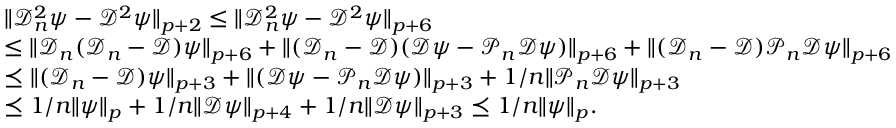
\begin{array} { r l } & { \| \mathcal { D } _ { n } ^ { 2 } \psi - \mathcal { D } ^ { 2 } \psi \| _ { p + 2 } \leq \| \mathcal { D } _ { n } ^ { 2 } \psi - \mathcal { D } ^ { 2 } \psi \| _ { p + 6 } } \\ & { \leq \| \mathcal { D } _ { n } ( \mathcal { D } _ { n } - \mathcal { D } ) \psi \| _ { p + 6 } + \| ( \mathcal { D } _ { n } - \mathcal { D } ) ( \mathcal { D } \psi - \mathcal { P } _ { n } \mathcal { D } \psi ) \| _ { p + 6 } + \| ( \mathcal { D } _ { n } - \mathcal { D } ) \mathcal { P } _ { n } \mathcal { D } \psi \| _ { p + 6 } } \\ & { \preceq \| ( \mathcal { D } _ { n } - \mathcal { D } ) \psi \| _ { p + 3 } + \| ( \mathcal { D } \psi - \mathcal { P } _ { n } \mathcal { D } \psi ) \| _ { p + 3 } + 1 / n \| \mathcal { P } _ { n } \mathcal { D } \psi \| _ { p + 3 } } \\ & { \preceq 1 / n \| \psi \| _ { p } + 1 / n \| \mathcal { D } \psi \| _ { p + 4 } + 1 / n \| \mathcal { D } \psi \| _ { p + 3 } \preceq 1 / n \| \psi \| _ { p } . } \end{array}